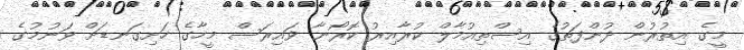
މީގެ އިތުރުން ދުންފަތުގެ އިސްތިއުމާލް ކުރާއިރު ކޮރޯނާ ވައިރަސް މީހާގެ ހަށިގަނޑަށް ވަނުމުގެ